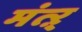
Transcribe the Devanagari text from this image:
मंत्ऱ्